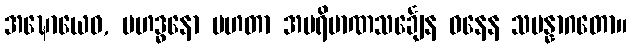
အဍ္ဎောယေဝ, မဟဒ္ဓနော မဟတာ အပရိမာဏသင်္ချေန ဓနေန သမန္နာဂတော။